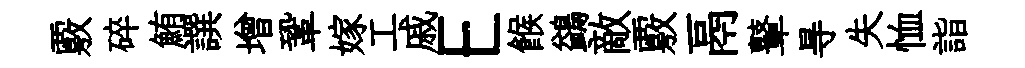
覈碎鮪譔增鞏嫁工戚E餱鷁敵覈鬲鼙㝵失恤詣